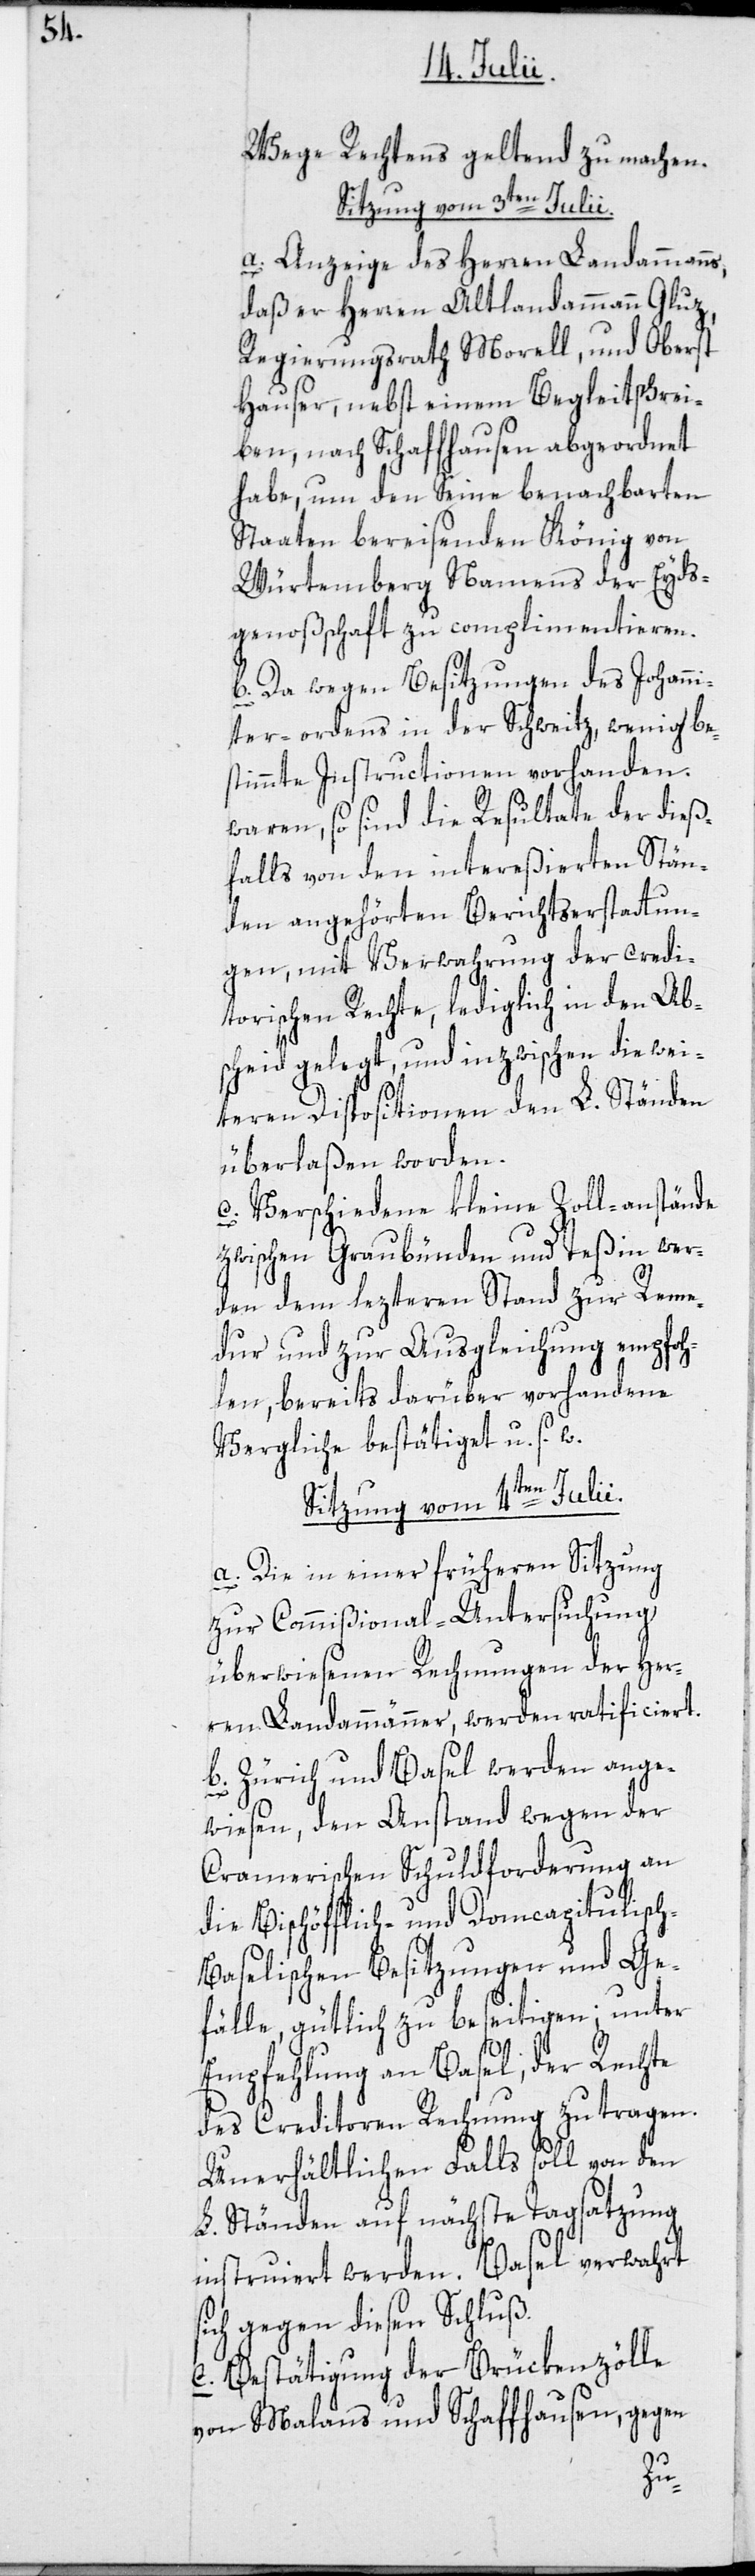
Wege Rechtens geltend zu machen.
Sitzung vom 3ten Julii.
a. Anzeige des Herren Landammanns,
daß er Herren Altlandammann Gluz,
Regierungsrath Morell, und Oberst
Hauser, nebst einem Begleitschrei¬
h-B¬
ben, nach Schaffhausen abgeordnet
habe, um den Seine benachbarten
Staaten bereisenden König von
Würtemberg, Namens der Eyds¬
genoßschaft zu complimentieren.
b. Da wegen Besitzungen des Johanni¬
ter-ordens in der Schweitz, wenig be¬
stimmte Instructionen vorhanden
waren, so sind die Resultate der dieß¬
falls von den intereßierten Stän¬
den angehörten Berichtserstattun¬
gen, mit Verwahrung der credi¬
torischen Rechte, lediglich in den Ab¬
scheid gelegt, und inzwischen die wei¬
teren Dispositionen den L. Ständen
überlaßen worden.
c. Verschiedene kleine Zoll-anstände
zwischen Graubünden und Teßin wer¬
den dem lezteren Stand zur Reme¬
dur und zur Ausgleichung empfoh¬
len, bereits darüber vorhandene
Vergliche bestätiget u. s. w.
Sitzung vom 4ten Julii.
a. Die in einer früheren Sitzung
zur Commißional-Untersuchung
überwiesenen Rechnungen der Her¬
ren Landammänner, werden ratificiert.
b. Zürich und Basel werden ange¬
wiesen, den Anstand wegen der
Cramerischen Schuldforderung an
die Bischöfflich- und Domcapitulisc¬
aselischen Besitzungen und Ge¬
fälle, gütlich zu beseitigen; unter
Empfehlung an Basel, der Rechte
des Creditoren Rechnung zu tragen.
Unerhältlichen Falls soll von den
L. Ständen auf nächste Tagsatzung
instruiert werden. Basel verwahrt
ich gegen diesen Schluß.
c. Bestätigung der Brückenzölle
von Malans und Schaffhausen, gegen
s¬